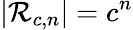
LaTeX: |{\mathcal{R}}_{c,n}|=c^{n}